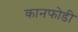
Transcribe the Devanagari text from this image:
कानफोडी